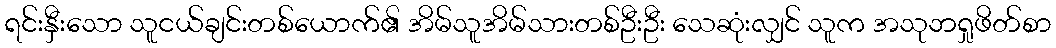
ရင်းနှီးသော သူငယ်ချင်းတစ်ယောက်၏ အိမ်သူအိမ်သားတစ်ဦးဦး သေဆုံးလျှင် သူက အသုဘရှုဖိတ်စာ